Vaccination report Assam 1874-1896 - 1874-1896
Year: 1874
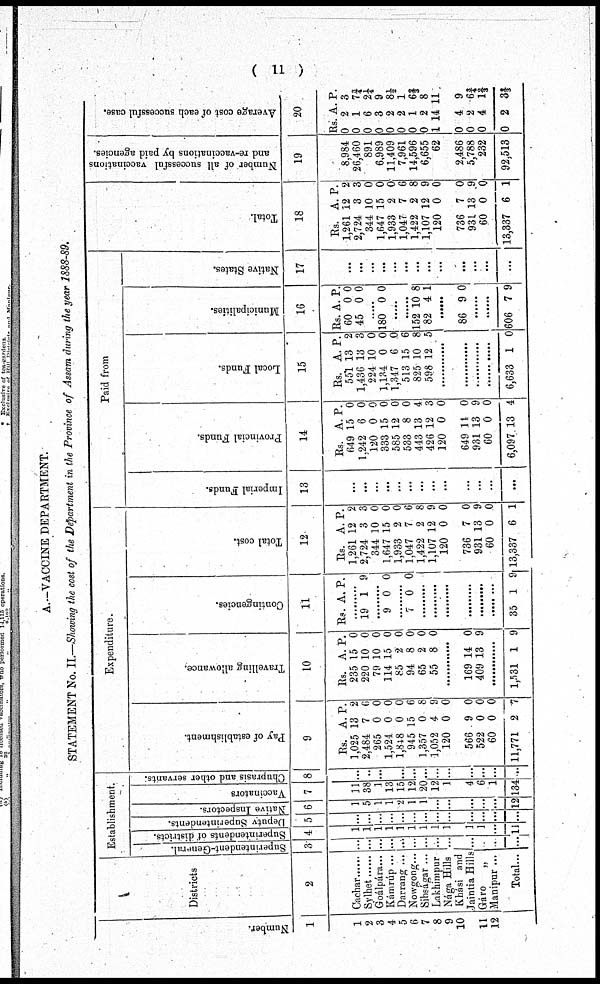
( 11 )
A.—VACCINE DEPARTMENT.
STATEMENT No. II.—Showing the cost of the Department in the Province of Assam during the year 1888-89.
Number.
1
1
2
3
4
5
6
7
8
9
10
11
12
Districts
2
Cachar ......
Sylhet ......
Goálpára ...
Kámrúp ...
Darrang ...
Nowgong ...
Sibságar ...
Lakhimpur
Nága Hills
Khási and
Jaintia Hills
Gáro
„
Manipur ...
Total ...
Establishment.
Superintendent-General.
3
...
...
...
...
...
...
...
...
...
...
...
...
...
Superintendents or districts.
4
1
1
1
1
1
1
1
1
1
1
1
...
11
Deputy Superintendents.
5
...
...
...
...
...
...
...
...
...
...
...
...
...
Native Inspectors.
6
1
5
1
1
2
1
1
...
...
...
...
...
12
Vaccinators
7
11
38
1
13
15
12
20
12
1
4
6
1
134
Chuprasis and other servants.
8
...
...
...
...
...
...
...
...
...
...
...
...
...
Expenditure.
Pay
of establishment.
9
Rs.
1,025
2,484
265
1,524
1,848
945
1,357
1,052
120
566
522
60
11,771
A.
13
7
0
0
0
15
0
4
0
9
0
0
2
P.
2
6
0
0
0
6
8
9
0
0
0
0
7
Travelling allowance.
10
Rs.
235
220
79
114
85
94
65
55
A.
15
10
10
15
2
8
2
8
P.
0
0
0
0
0
0
0
0
.........
.........
409 13 9
.........
1,531 1 9
Contingencies.
11
Rs. A. P.
.........
19 1 9
.........
9 0 0
.........
7 0 0
.........
.........
.........
.........
.........
.........
35 1 9
Total cost.
12
Rs.
1,261
2,724
344
1,647
1,933
1,047
1,422
1,107
120
736
931
60
13,337
A.
12
3
10
15
2
7
2
12
0
7
13
0
6
P.
2
3
0
0
0
6
8
9
0
0
9
0
1
Paid from
Imperial Funds.
13
...
...
...
...
...
...
...
...
...
...
...
...
...
Provincial Funds.
14
Rs.
649
1,242
120
333
585
533
443
426
120
649
931
60
6,097
A.
15
6
0
15
12
8
13
12
0
14
13
0
13
P.
0
0
0
0
0
0
4
3
0
0
9
0
4
Local Funds.
15
Rs.
551
1,436
224
1,134
1,347
513
825
598
A.
13
13
10
0
6
15
10
12
P.
2
3
0
0
0
6
8
5
............
............
............
............
6,633 1 0
Municipalities.
16
Rs.
60
45
A.
0
0
P.
0
0
......
180 0 0
......
......
152
82
10
4
8
1
......
......
......
......
606 7 9
Native States.
17
...
...
...
...
...
...
...
...
...
...
...
...
...
Total.
18
Rs.
1,261
2,724
344
1,647
1,933
1,047
1,422
1,107
120
736
931
60
13,337
A.
12
3
10
15
2
7
2
12
0
7
13
0
6
P.
2
3
0
0
0
6
8
9
0
0
9
0
1
Number of all successful vaccinations
and re-vaccinations by paid agencies.
19
8,984
26,460
891
6,989
11,409
7,961
14,596
6,655
62
2,486
5,788
232
92,513
Average cost of each successful case.
20
Rs.
0
0
0
0
0
0
0
0
1
0
0
0
0
A.
2
1
6
3
2
2
1
2
14
4
2
4
2
P.
3
7¾
2¼
9
8½
1
6⅔
8
11
9
6¾
1⅔
3⅔